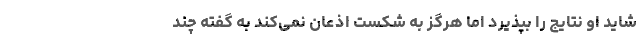
شاید او نتایج را بپذیرد اما هرگز به شکست اذعان نمی‌کند به گفته چند